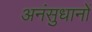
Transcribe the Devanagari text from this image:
अनंसुधानों